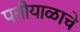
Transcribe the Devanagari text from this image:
पतीयाळाचे